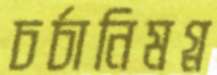
চর্চানিমগ্ন